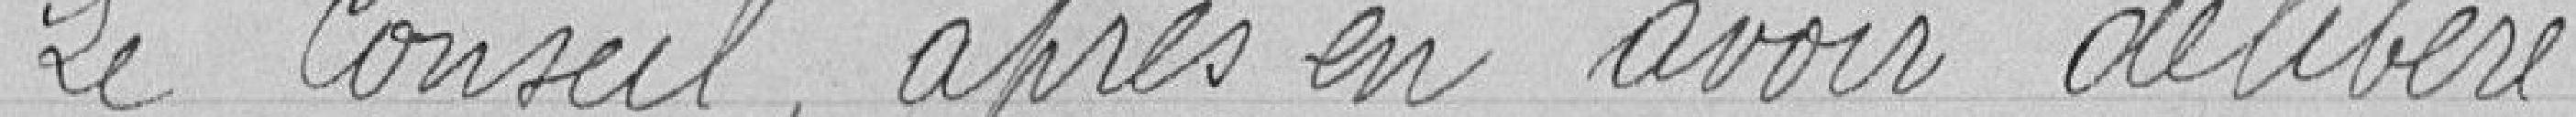
Le Conseil, après en avoir délibéré :